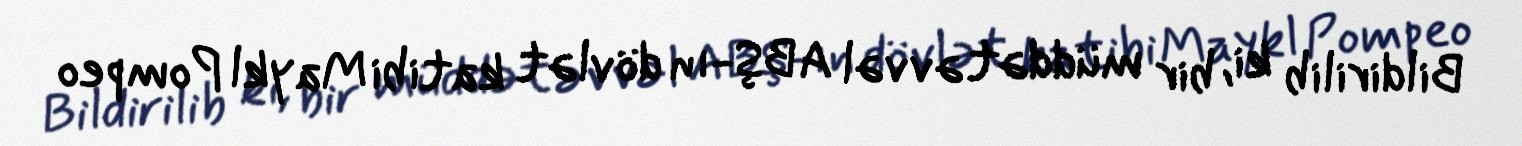
Bildirilib ki, bir müddət əvvəl ABŞ-ın dövlət katibi Maykl Pompeo